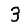
Digit: 3